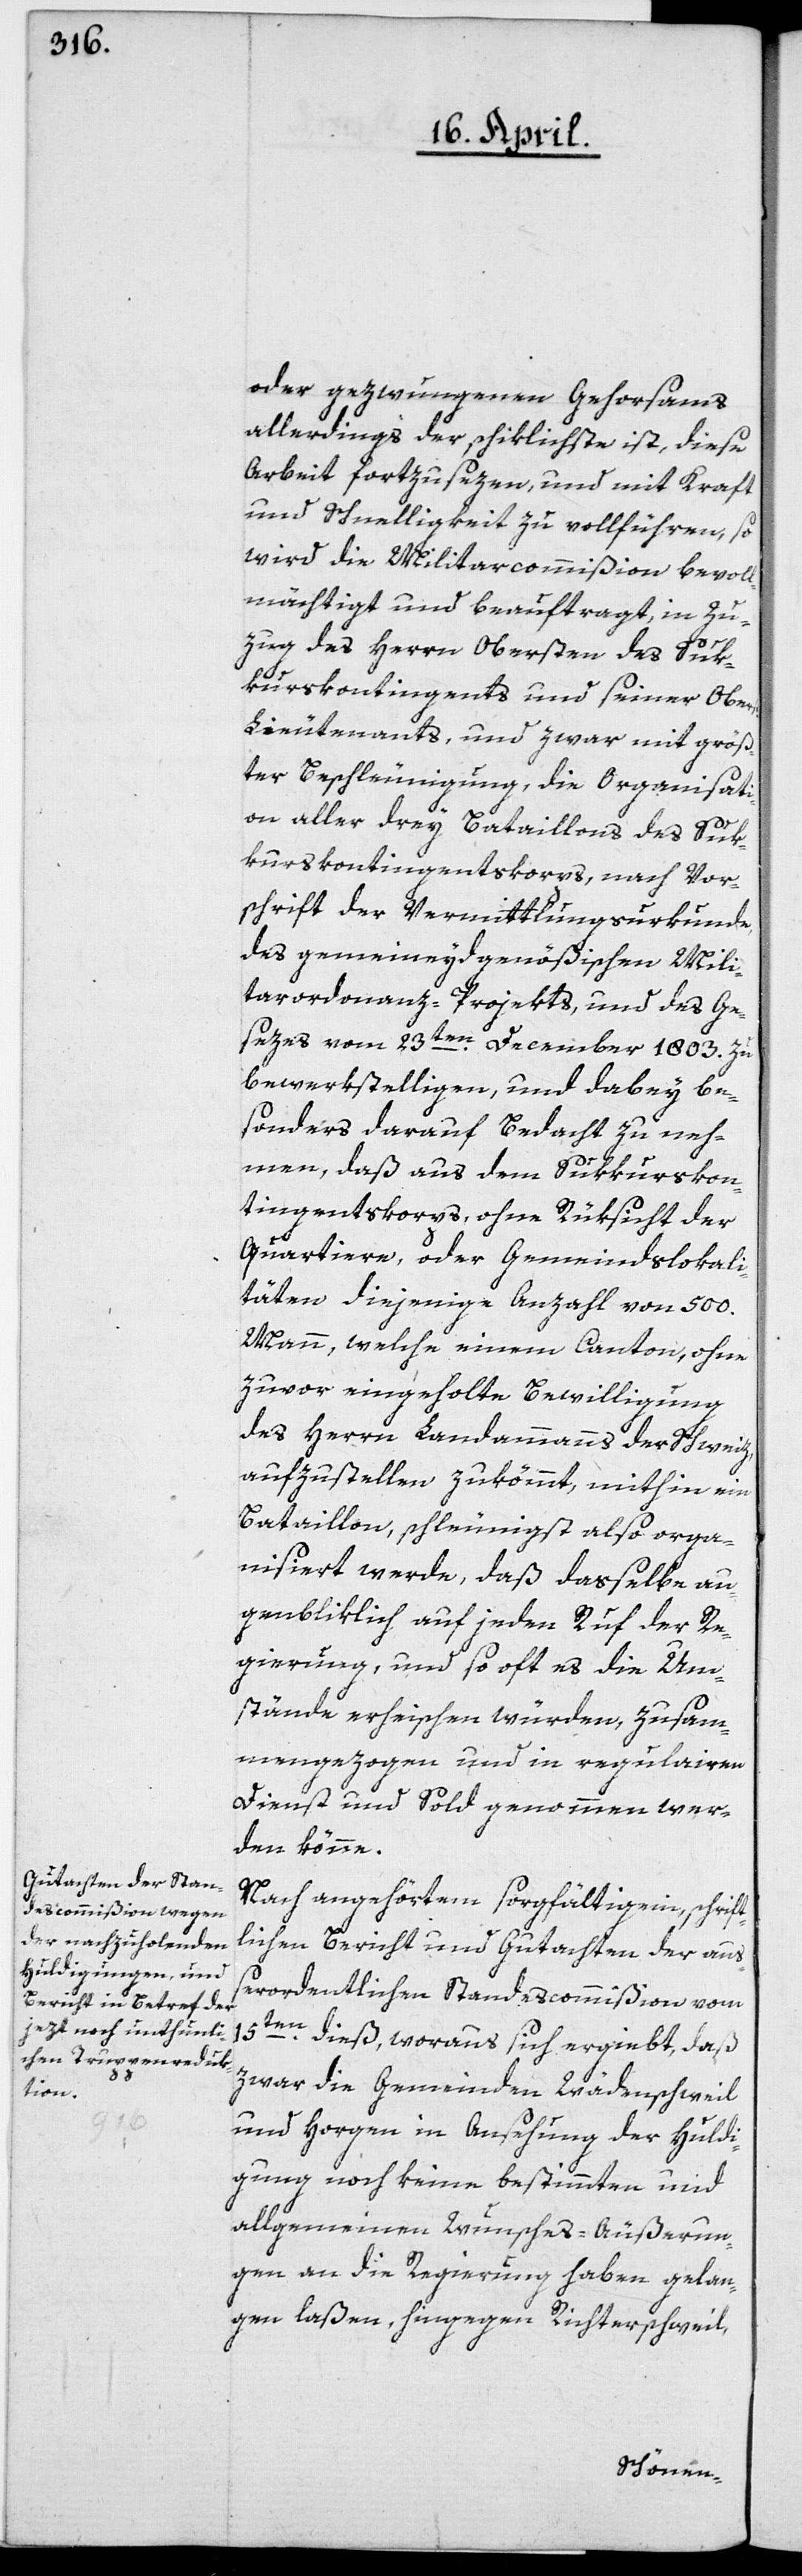
oder gezwungenen Gehorsams
allerdings der schiklichste ist, diese
Arbeit fortzusezen, und mit Kraft
und Schnelligkeit zu vollführen, so
wird die Militarcommißion bevoll¬
mächtigt und beauftragt, in Zu¬
zug des Herrn Obersten des Suk¬
kurskontingents und seiner Obers¬
t-Lieutenants, und zwar mit größ¬
ter Beschleunigung, die Organisati¬
on aller drey Bataillons des Suk¬
kurskontingentskorps, nach Vor¬
schrift der Vemittlungsurkunde,
des gemeineydgenößischen Mili¬
tarordonnanz-Projekts und des Ge¬
sezes vom 23ten December 1803. zu
bewerkstelligen, und dabey be¬
sonders darauf Bedacht zu neh¬
men, daß aus dem Sukkurskon¬
tingentskorps, ohne Rüksicht der
Quartiere, oder Gemeindslokali¬
täten diejenige Anzahl von 500.
Mann, welche einem Canton, ohne
zuvor eingeholte Bewilligung
des Herrn Landammanns der Schweiz,
aufzustellen zukömmt, mithin ein
Bataillon, schleunigst also orga¬
nisiert werde, daß dasselbe au¬
genbliklich auf jeden Ruf der Re¬
gierung, und so oft es die Um¬
stände erheischen würden, zusam¬
mengezogen und in regulairen
Dienst und Sold genommen wer¬
den könne.
Nach angehörtem sorgfältigem, schrift¬
lichen Bericht und Gutachten der auß¬
erordentlichen Standescommißion vom
15ten dieß, woraus sich ergiebt, daß
zwar die Gemeinden Wädenschweil
und Horgen in Ansehung der Huldi¬
gung noch keine bestimmten und
allgemeinen Wunsches-Äußerun¬
gen an die Regierung haben gelan¬
gen laßen, hingegen Richterschweil,